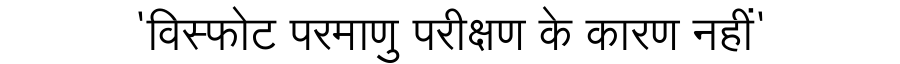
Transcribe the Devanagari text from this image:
'विस्फोट परमाणु परीक्षण के कारण नहीं'